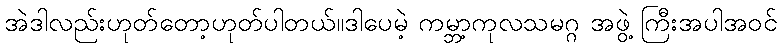
အဲဒါလည်းဟုတ်တော့ဟုတ်ပါတယ်။ဒါပေမဲ့ ကမ္ဘာ့ကုလသမဂ္ဂ အဖွဲ့ ကြီးအပါအဝင်